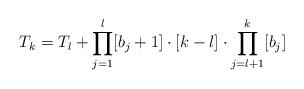
LaTeX: \begin{align*} T_k = T_l + \prod_{j=1}^l [b_j + 1] \cdot [k-l] \cdot \prod_{j=l+1}^{k} [b_j]\end{align*}